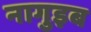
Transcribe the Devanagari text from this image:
नागुइब